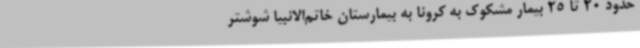
حدود 20 تا 25 بیمار مشکوک به کرونا به بیمارستان‌ خاتم‌الانبیا شوشتر